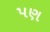
પણ